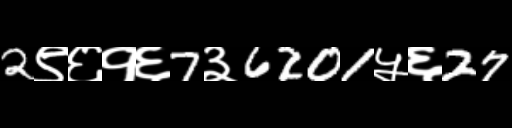
Text: 2९६१६7३6201५६27